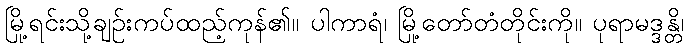
မြို့ရင်းသို့ချဉ်းကပ်ထည့်ကုန်၏။ ပါကာရံ၊ မြို့တော်တံတိုင်းကို။ ပုရာမဒ္ဒန္တိ၊